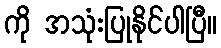
ကို အသုံးပြုနိုင်ပါပြီ။